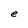
Character: e